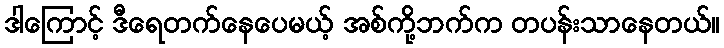
ဒါကြောင့် ဒီရေတက်နေပေမယ့် အစ်ကို့ဘက်က တပန်းသာနေတယ်။